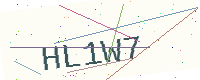
Text: HL1W7